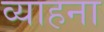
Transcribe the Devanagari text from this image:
व्याहना